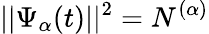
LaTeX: \vert\vert\Psi_{\alpha}(t)\vert\vert^{2}=N^{(\alpha)}